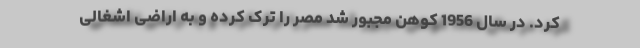
کرد. در سال 1956 کوهن مجبور شد مصر را ترک کرده و به اراضی اشغالی